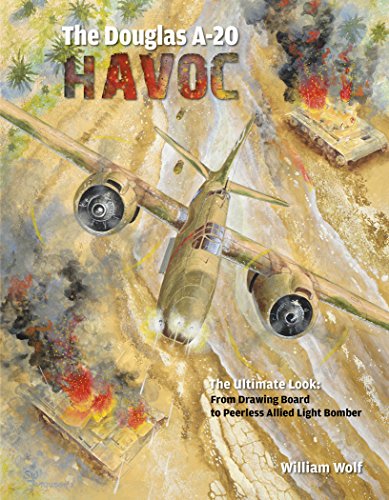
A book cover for The Douglas A-20 Havoc: From Drawing Board to Peerless Allied Light Bomber (The Ultimate Look); William Wolf; History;